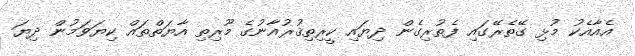
އެއާއެކު މުޅި ގޭތެރޭގައި ފެތުރިގެން ދިޔައި ކީރިތިޤުރުއާނުގެ މޫރިތި އާޔަތްތައް ކިޔަވަމުން ދިޔަ